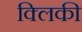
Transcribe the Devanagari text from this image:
क्लिकी